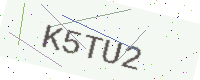
Text: K5TU2